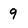
Character: 9